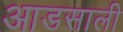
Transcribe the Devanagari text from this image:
आडसाली